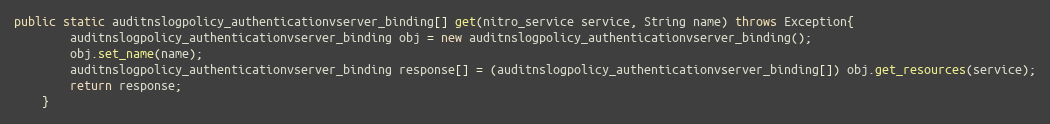
Language: Java
public static auditnslogpolicy_authenticationvserver_binding[] get(nitro_service service, String name) throws Exception{
		auditnslogpolicy_authenticationvserver_binding obj = new auditnslogpolicy_authenticationvserver_binding();
		obj.set_name(name);
		auditnslogpolicy_authenticationvserver_binding response[] = (auditnslogpolicy_authenticationvserver_binding[]) obj.get_resources(service);
		return response;
	}